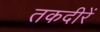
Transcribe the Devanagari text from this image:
तकदीरें